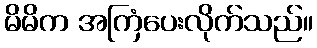
မိမိက အကြံပေးလိုက်သည်။